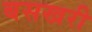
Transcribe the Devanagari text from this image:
बसखरी